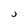
Character: j